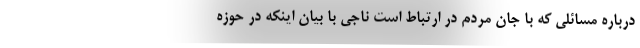
درباره مسائلی که با جان مردم در ارتباط است ناجی با بیان اینکه در حوزه